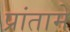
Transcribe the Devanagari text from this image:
प्रांतामे